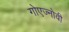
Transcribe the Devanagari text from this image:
गोएज्नोवी